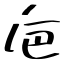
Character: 巵